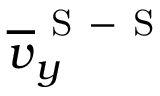
\overline { { v } } _ { y } ^ { \mathrm { ~ S ~ - ~ S ~ } }